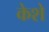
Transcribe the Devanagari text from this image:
केशे